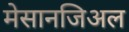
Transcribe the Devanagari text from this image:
मेसानजिअल